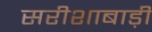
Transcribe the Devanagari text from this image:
सरीशाबाड़ी